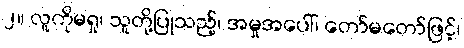
၂။ လူကိုမရှု၊ သူတို့ပြုသည့်၊ အမှုအပေါ်၊ တော်မတော်ဖြင့်၊